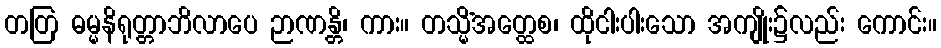
တတြ ဓမ္မနိရုတ္တာဘိလာပေ ဉာဏန္တိ၊ ကား။ တသ္မိံအတ္ထေစ၊ ထိုငါးပါးသော အကျိုး၌လည်း ကောင်း။